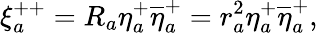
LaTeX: \xi_{a}^{++}=R_{a}\eta_{a}^{+}\overline{{{\eta}}}_{a}^{+}=r_{a}^{2}\eta_{a}^{+}\overline{{{\eta}}}_{a}^{+},